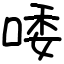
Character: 唩